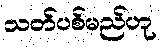
သတ်ပစ်မည်ဟု